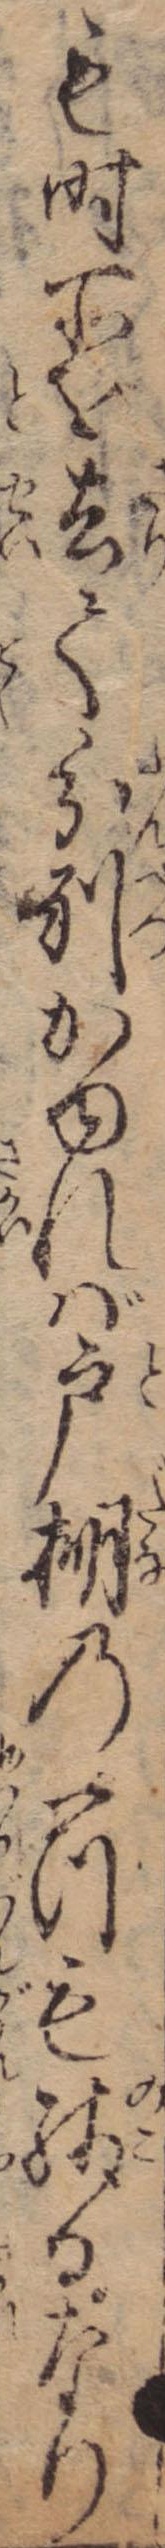
も時所を去て分別かゆれば戸棚の一つも残るなり